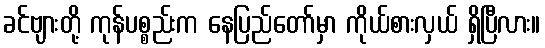
ခင်ဗျားတို့ ကုန်ပစ္စည်းက နေပြည်တော်မှာ ကိုယ်စားလှယ် ရှိပြီလား။